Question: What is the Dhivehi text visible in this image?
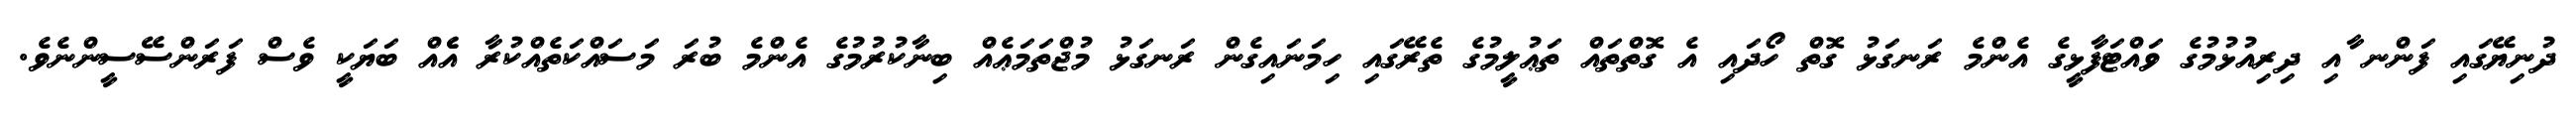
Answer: ދުނިޔޭގައި ފަންނ ާއި ދިރިއުޅުމުގެ ވައްޓަފާޅީގެ އެންމެ ރަނގަޅު ގޮތް ހޯދައި އެ ގޮތްތައް ތަޢުލީމުގެ ތެރޭގައި ހިމަނައިގެން ރަނގަޅު މުޖްތަމަޢެއް ބިނާކުރުމުގެ އެންމެ ބުރަ މަސައްކަތެއްކުރާ އެެއް ބަޔަކީ ވެސް ފަރަންސޭސީންނެވެ.